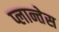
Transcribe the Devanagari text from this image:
प्लान्तेस